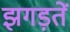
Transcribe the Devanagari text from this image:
झगड़तें